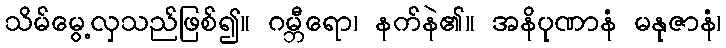
သိမ်မွေ့လှသည်ဖြစ်၍။ ဂမ္ဘီရော၊ နက်နဲ၏။ အနိပုဏာနံ မနုဇာနံ၊